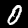
Digit: 0